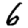
Digit: 6